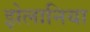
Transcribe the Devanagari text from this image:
झेलानिया